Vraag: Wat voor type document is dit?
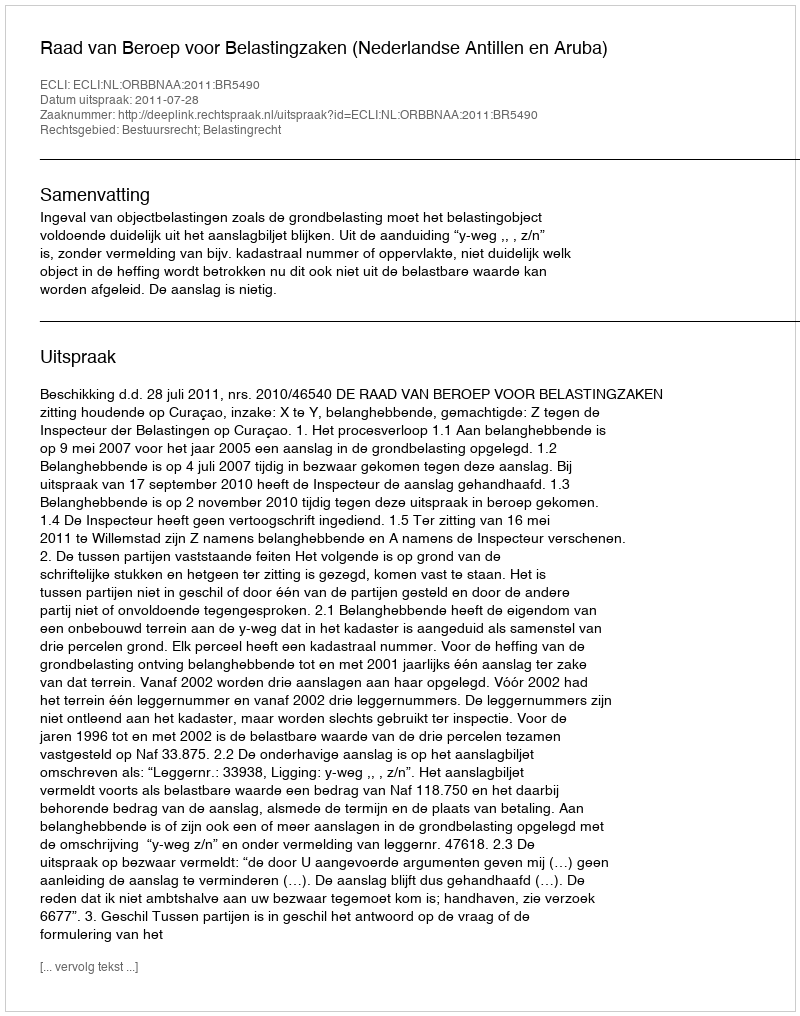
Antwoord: Uitspraak